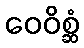
ဝေဝိစ္ဆံ